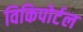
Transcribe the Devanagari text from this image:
विकिपोर्टल